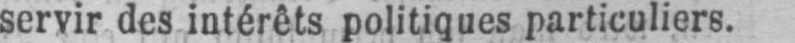
servir des intérêts politiques particuliers.